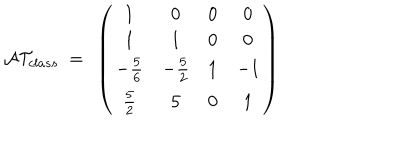
{ \cal A T } _ { c l a s s } ~ = ~ \left( \begin{matrix} { { 1 } } & { { 0 } } & { { 0 } } & { { 0 } } \\ { { 1 } } & { { 1 } } & { { 0 } } & { { 0 } } \\ { { - { \frac { 5 } { 6 } } } } & { { - { \frac { 5 } { 2 } } } } & { { 1 } } & { { - 1 } } \\ { { { \frac { 5 } { 2 } } } } & { { 5 } } & { { 0 } } & { { 1 } } \\ \end{matrix} \right)